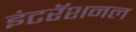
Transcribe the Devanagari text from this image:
इंटरॅशनल